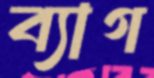
ব্যাগ